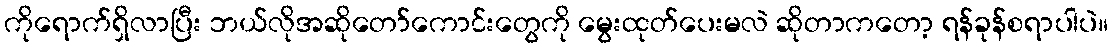
ကိုရောက်ရှိလာပြီး ဘယ်လိုအဆိုတော်ကောင်းတွေကို မွေးထုတ်ပေးမလဲ ဆိုတာကတော့ ရန်ခုန်စရာပါပဲ။